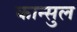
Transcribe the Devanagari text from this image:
कान्सुल